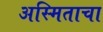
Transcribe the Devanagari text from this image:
अस्मिताचा